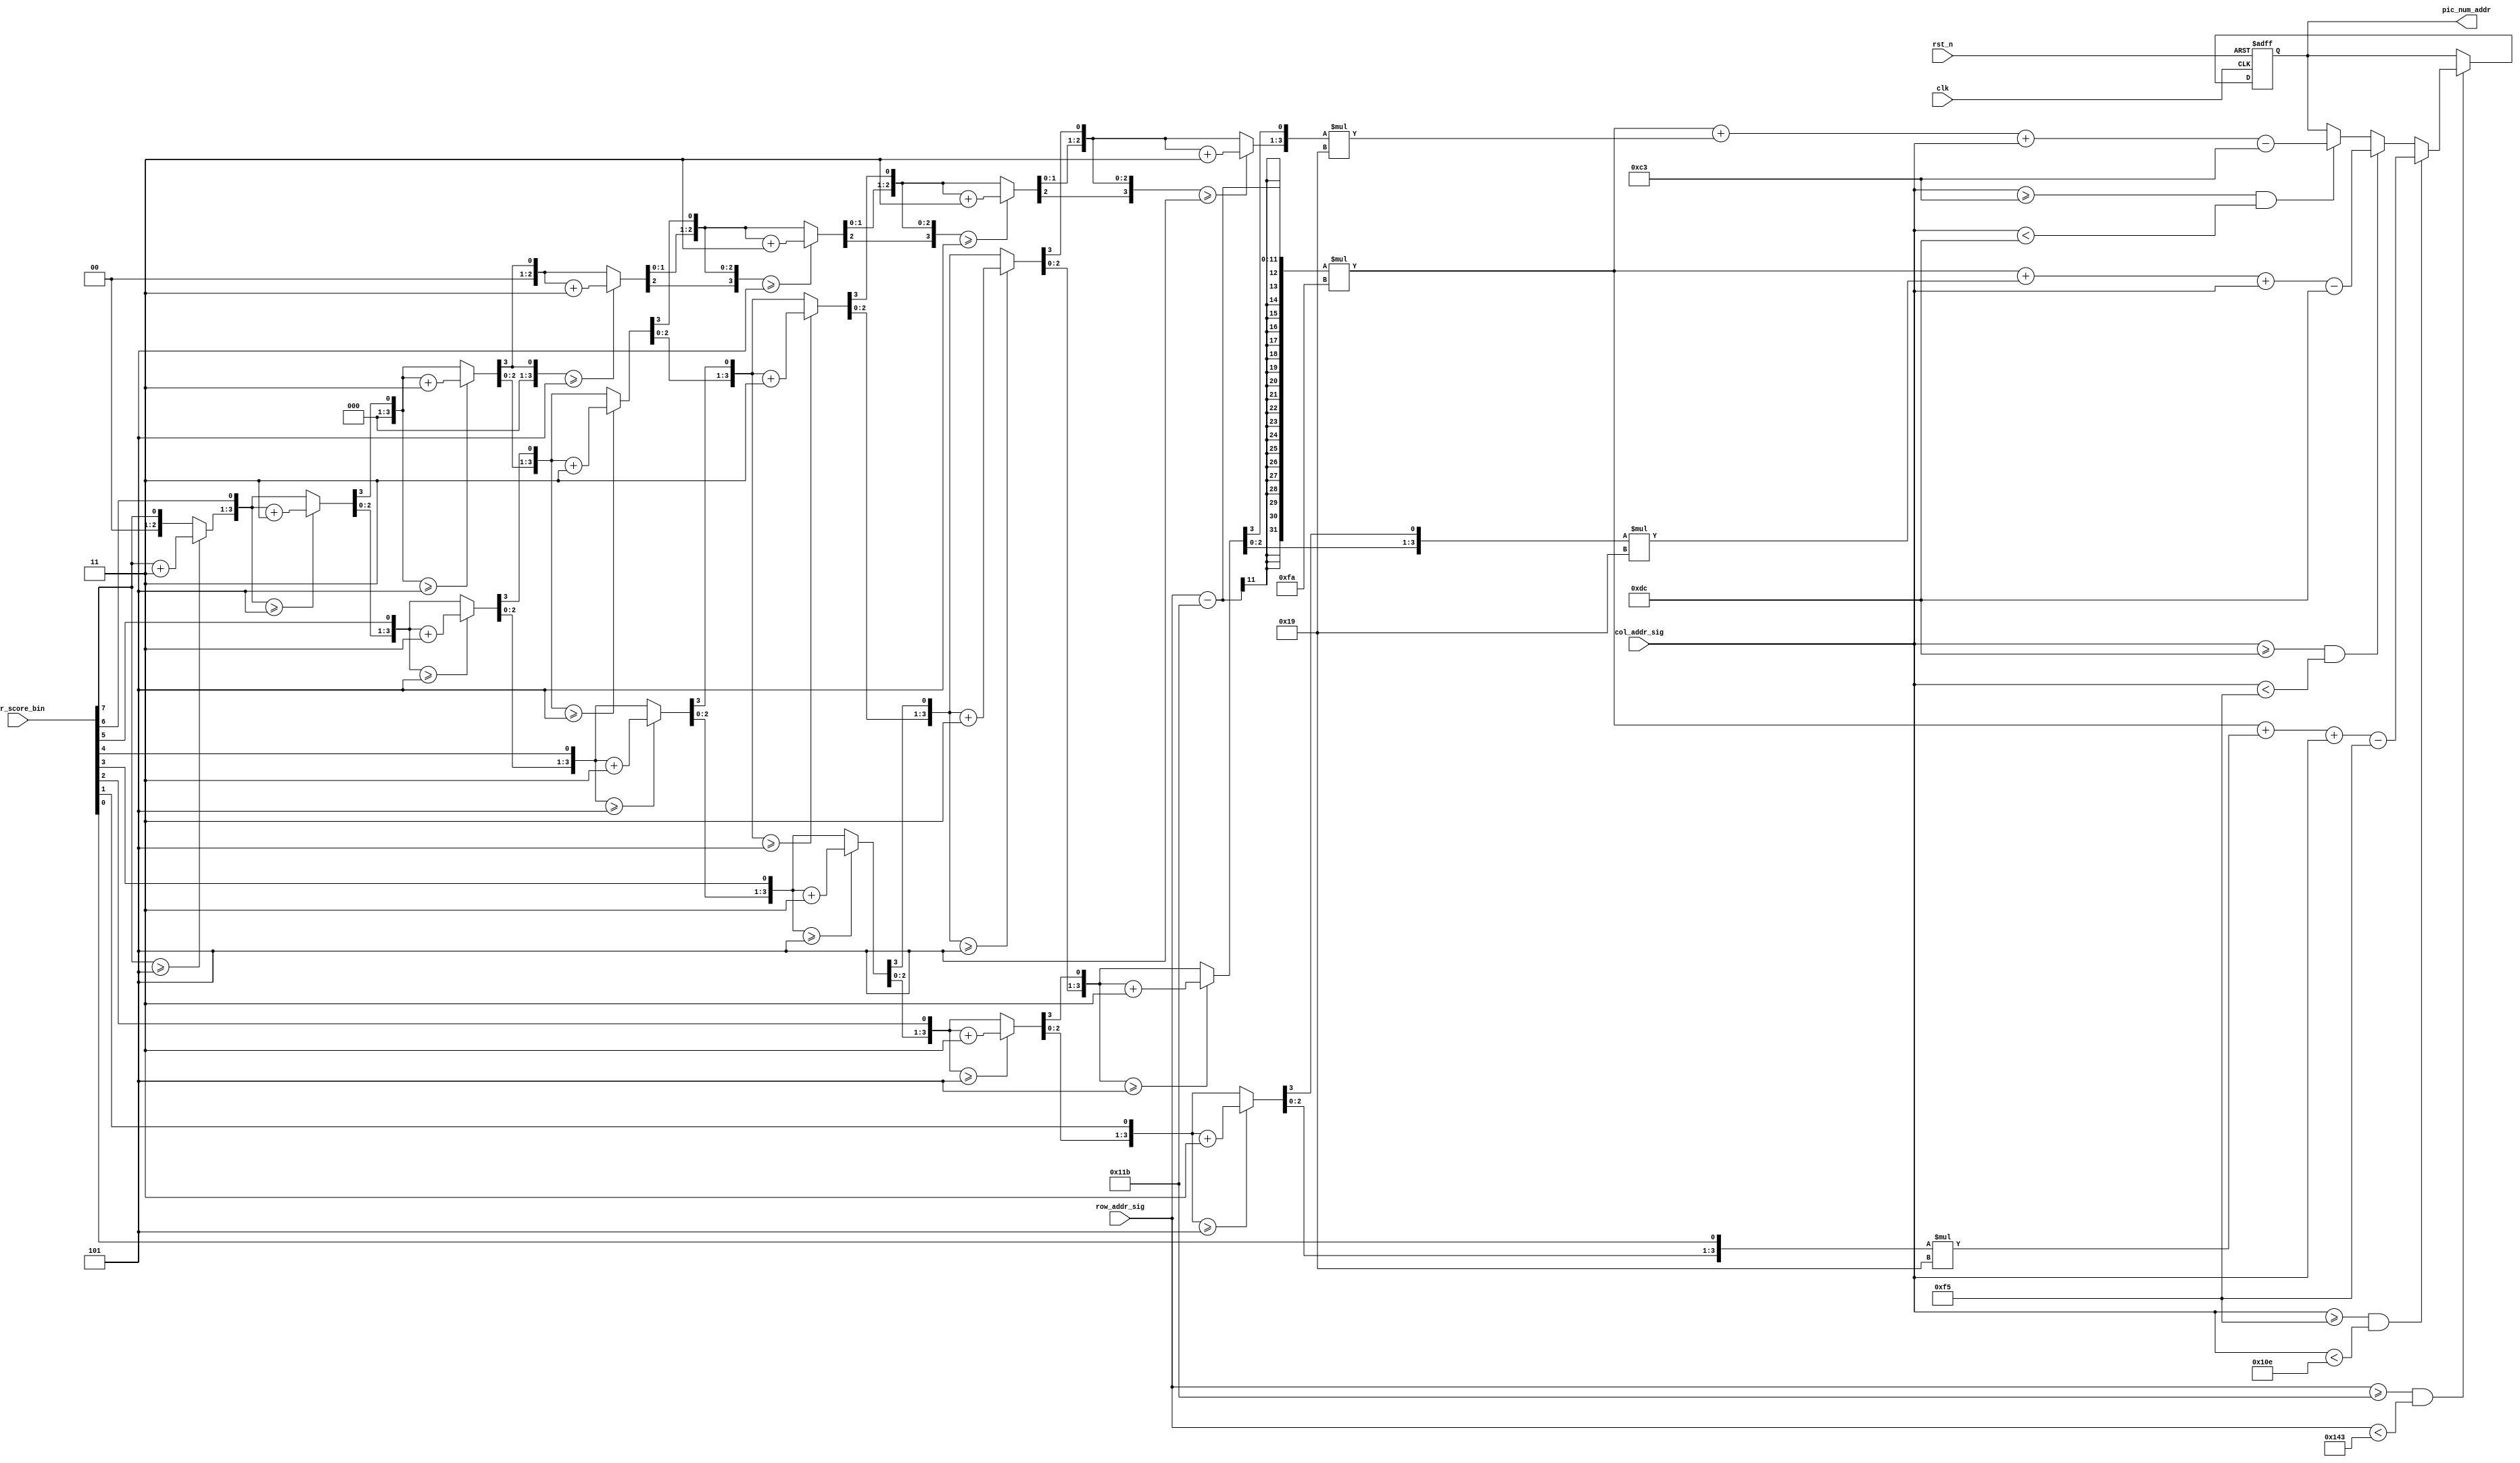
module score_control_module
( clk, rst_n, cur_score_bin, col_addr_sig, row_addr_sig,
  pic_num_addr
);
input clk;
input rst_n;
input [7:0] cur_score_bin;
input [10:0] col_addr_sig;
input [10:0] row_addr_sig;
output [13:0] pic_num_addr;

/**************************************************/

reg [13:0] pic_num_addr_r;
reg [3:0] hunds;
reg [3:0] tens;
reg [3:0] ones;
integer i;

/**************************************************/

always @(cur_score_bin)
begin
  hunds = 4'd0;
  tens = 4'd0;
  ones = 4'd0;

  for (i = 7; i >= 0; i = i - 1)
  begin
    if (hunds >= 5)
      hunds = hunds + 3;
    if (tens >= 5)
      tens = tens + 3;
    if (ones >= 5)
      ones = ones + 3;

    hunds = hunds << 1;
    hunds[0] = tens[3];
    tens = tens << 1;
    tens[0] = ones[3];
    ones = ones << 1;
    ones[0] = cur_score_bin[i];
  end
end

/**************************************************/

always @(posedge clk or negedge rst_n) 
  begin
    if (!rst_n) 
      pic_num_addr_r <= 0;
	 else if ( row_addr_sig >= 283 && row_addr_sig < 323 )
	   begin
		  if (col_addr_sig >= 195 && col_addr_sig < 220) 
          pic_num_addr_r <= (row_addr_sig - 283) * 250 + hunds * 25 + col_addr_sig - 195;
        if (col_addr_sig >= 220 && col_addr_sig < 245) 
          pic_num_addr_r <= (row_addr_sig - 283) * 250 + tens * 25 + col_addr_sig - 220;
        if (col_addr_sig >= 245 && col_addr_sig < 270) 
          pic_num_addr_r <= (row_addr_sig - 283) * 250 + ones * 25 + col_addr_sig - 245;
      end 
  end

/**************************************************/

assign pic_num_addr = pic_num_addr_r;

/**************************************************/

endmodule